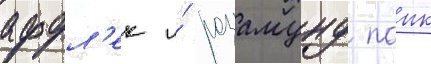
аффл'ек и́ розамунд паик